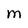
Character: M